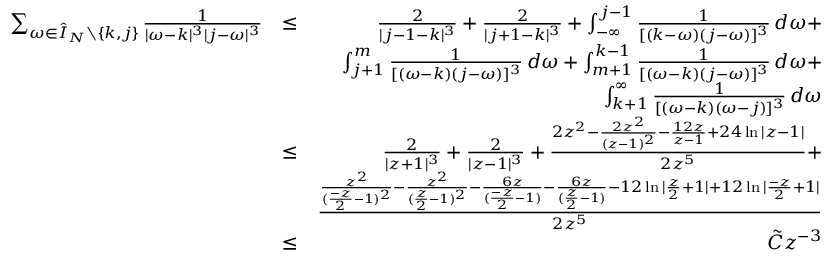
\begin{array} { r l r } { \sum _ { \omega \in \hat { I } _ { N } \setminus \{ k , j \} } \frac { 1 } { | \omega - k | ^ { 3 } | j - \omega | ^ { 3 } } } & { \leq } & { \frac { 2 } { | j - 1 - k | ^ { 3 } } + \frac { 2 } { | j + 1 - k | ^ { 3 } } + \int _ { - \infty } ^ { j - 1 } \frac { 1 } { [ ( k - \omega ) ( j - \omega ) ] ^ { 3 } } \, d \omega + } \\ & { } & { \int _ { j + 1 } ^ { m } \frac { 1 } { [ ( \omega - k ) ( j - \omega ) ] ^ { 3 } } \, d \omega + \int _ { m + 1 } ^ { k - 1 } \frac { 1 } { [ ( \omega - k ) ( j - \omega ) ] ^ { 3 } } \, d \omega + } \\ & { } & { \int _ { k + 1 } ^ { \infty } \frac { 1 } { [ ( \omega - k ) ( \omega - j ) ] ^ { 3 } } \, d \omega } \\ & { \leq } & { \frac { 2 } { | z + 1 | ^ { 3 } } + \frac { 2 } { | z - 1 | ^ { 3 } } + \frac { 2 z ^ { 2 } - \frac { 2 z ^ { 2 } } { ( z - 1 ) ^ { 2 } } - \frac { 1 2 z } { z - 1 } + 2 4 \ln | z - 1 | } { 2 z ^ { 5 } } + } \\ & { } & { \frac { \frac { z ^ { 2 } } { ( \frac { - z } { 2 } - 1 ) ^ { 2 } } - \frac { z ^ { 2 } } { ( \frac { z } { 2 } - 1 ) ^ { 2 } } - \frac { 6 z } { ( \frac { - z } { 2 } - 1 ) } - \frac { 6 z } { ( \frac { z } { 2 } - 1 ) } - 1 2 \ln | \frac { z } { 2 } + 1 | + 1 2 \ln | \frac { - z } { 2 } + 1 | } { 2 z ^ { 5 } } } \\ & { \leq } & { \tilde { C } z ^ { - 3 } } \end{array}